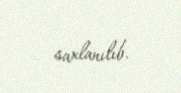
saxlanılıb.